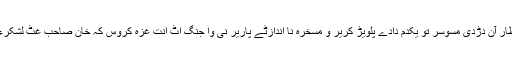
غٹ سپاہیک انتظار آن دڑدی مسوسُر تو یکدم دادے پلویڑ کریر و مسخرہ نا اندازٹے پاریر نی وا جنگ اٹ انت غزہ کروس کہ خان صاحب غٹ لشکرءِ نیکہ تورینے !